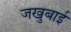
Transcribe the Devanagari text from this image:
जखुबाई